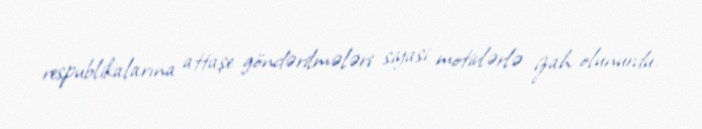
respublikalarına attaşe göndərilmələri siyasi motivlərlə izah olunurdu.